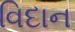
વિદાન